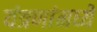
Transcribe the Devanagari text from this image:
यंत्रणांमध्ये